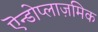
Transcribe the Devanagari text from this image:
एॆन्डोप्लाज़मिक